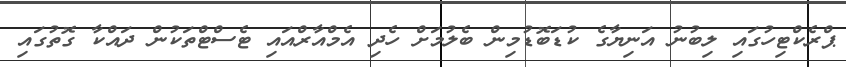
ޕްރެކްޓިހުގައި ލިބުނު އަނިޔާގެ ކުޑަބޮޑުމިން ބެލުމަށް ހެދި އެމްއާރްއައި ޓެސްޓްތަކުން ދައްކާ ގޮތުގައި